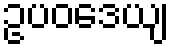
ဥပဝဒေယျ